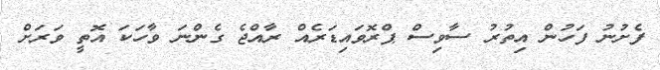
ފެށުނު ފަހުން އިތުރު ސާވިސް ޕްރޮވައިޑަރެއް ރާއްޖެ ގެންނަ ވާހަކަ އޮތީ ވަރަށް